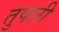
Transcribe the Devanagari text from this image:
तुपली